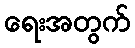
ရေးအတွက်